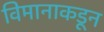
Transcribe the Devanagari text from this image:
विमानाकडून